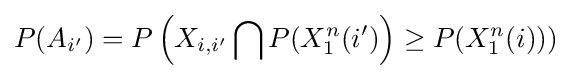
P(A_{i'})=P\left(X_{i,i'}\bigcap P(X_{1}^{n}(i')\right)\geq P(X_{1}^{n}(i)))